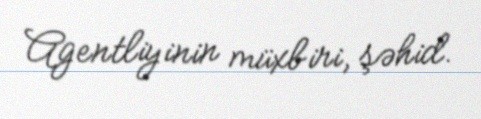
Agentliyinin müxbiri, şəhid.